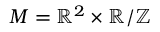
M = \mathbb { R } ^ { 2 } \times \mathbb { R } / \mathbb { Z }